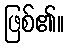
ဖြစ်၏။